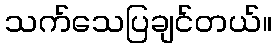
သက်သေပြချင်တယ်။